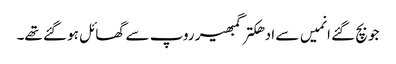
جو بچ گئے انمیں سے ادھکتر گمبھیر روپ سے گھائل ہو گئے تھے۔